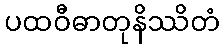
ပထဝီဓာတုနိဿိတံ